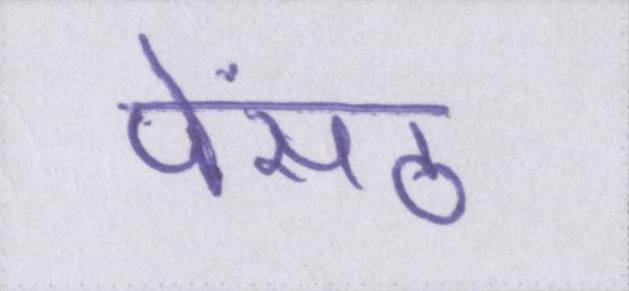
पेंसठ